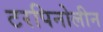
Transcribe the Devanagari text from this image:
टरपिनोलीन